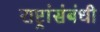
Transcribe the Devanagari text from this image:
राष्ट्रांसंबंधी